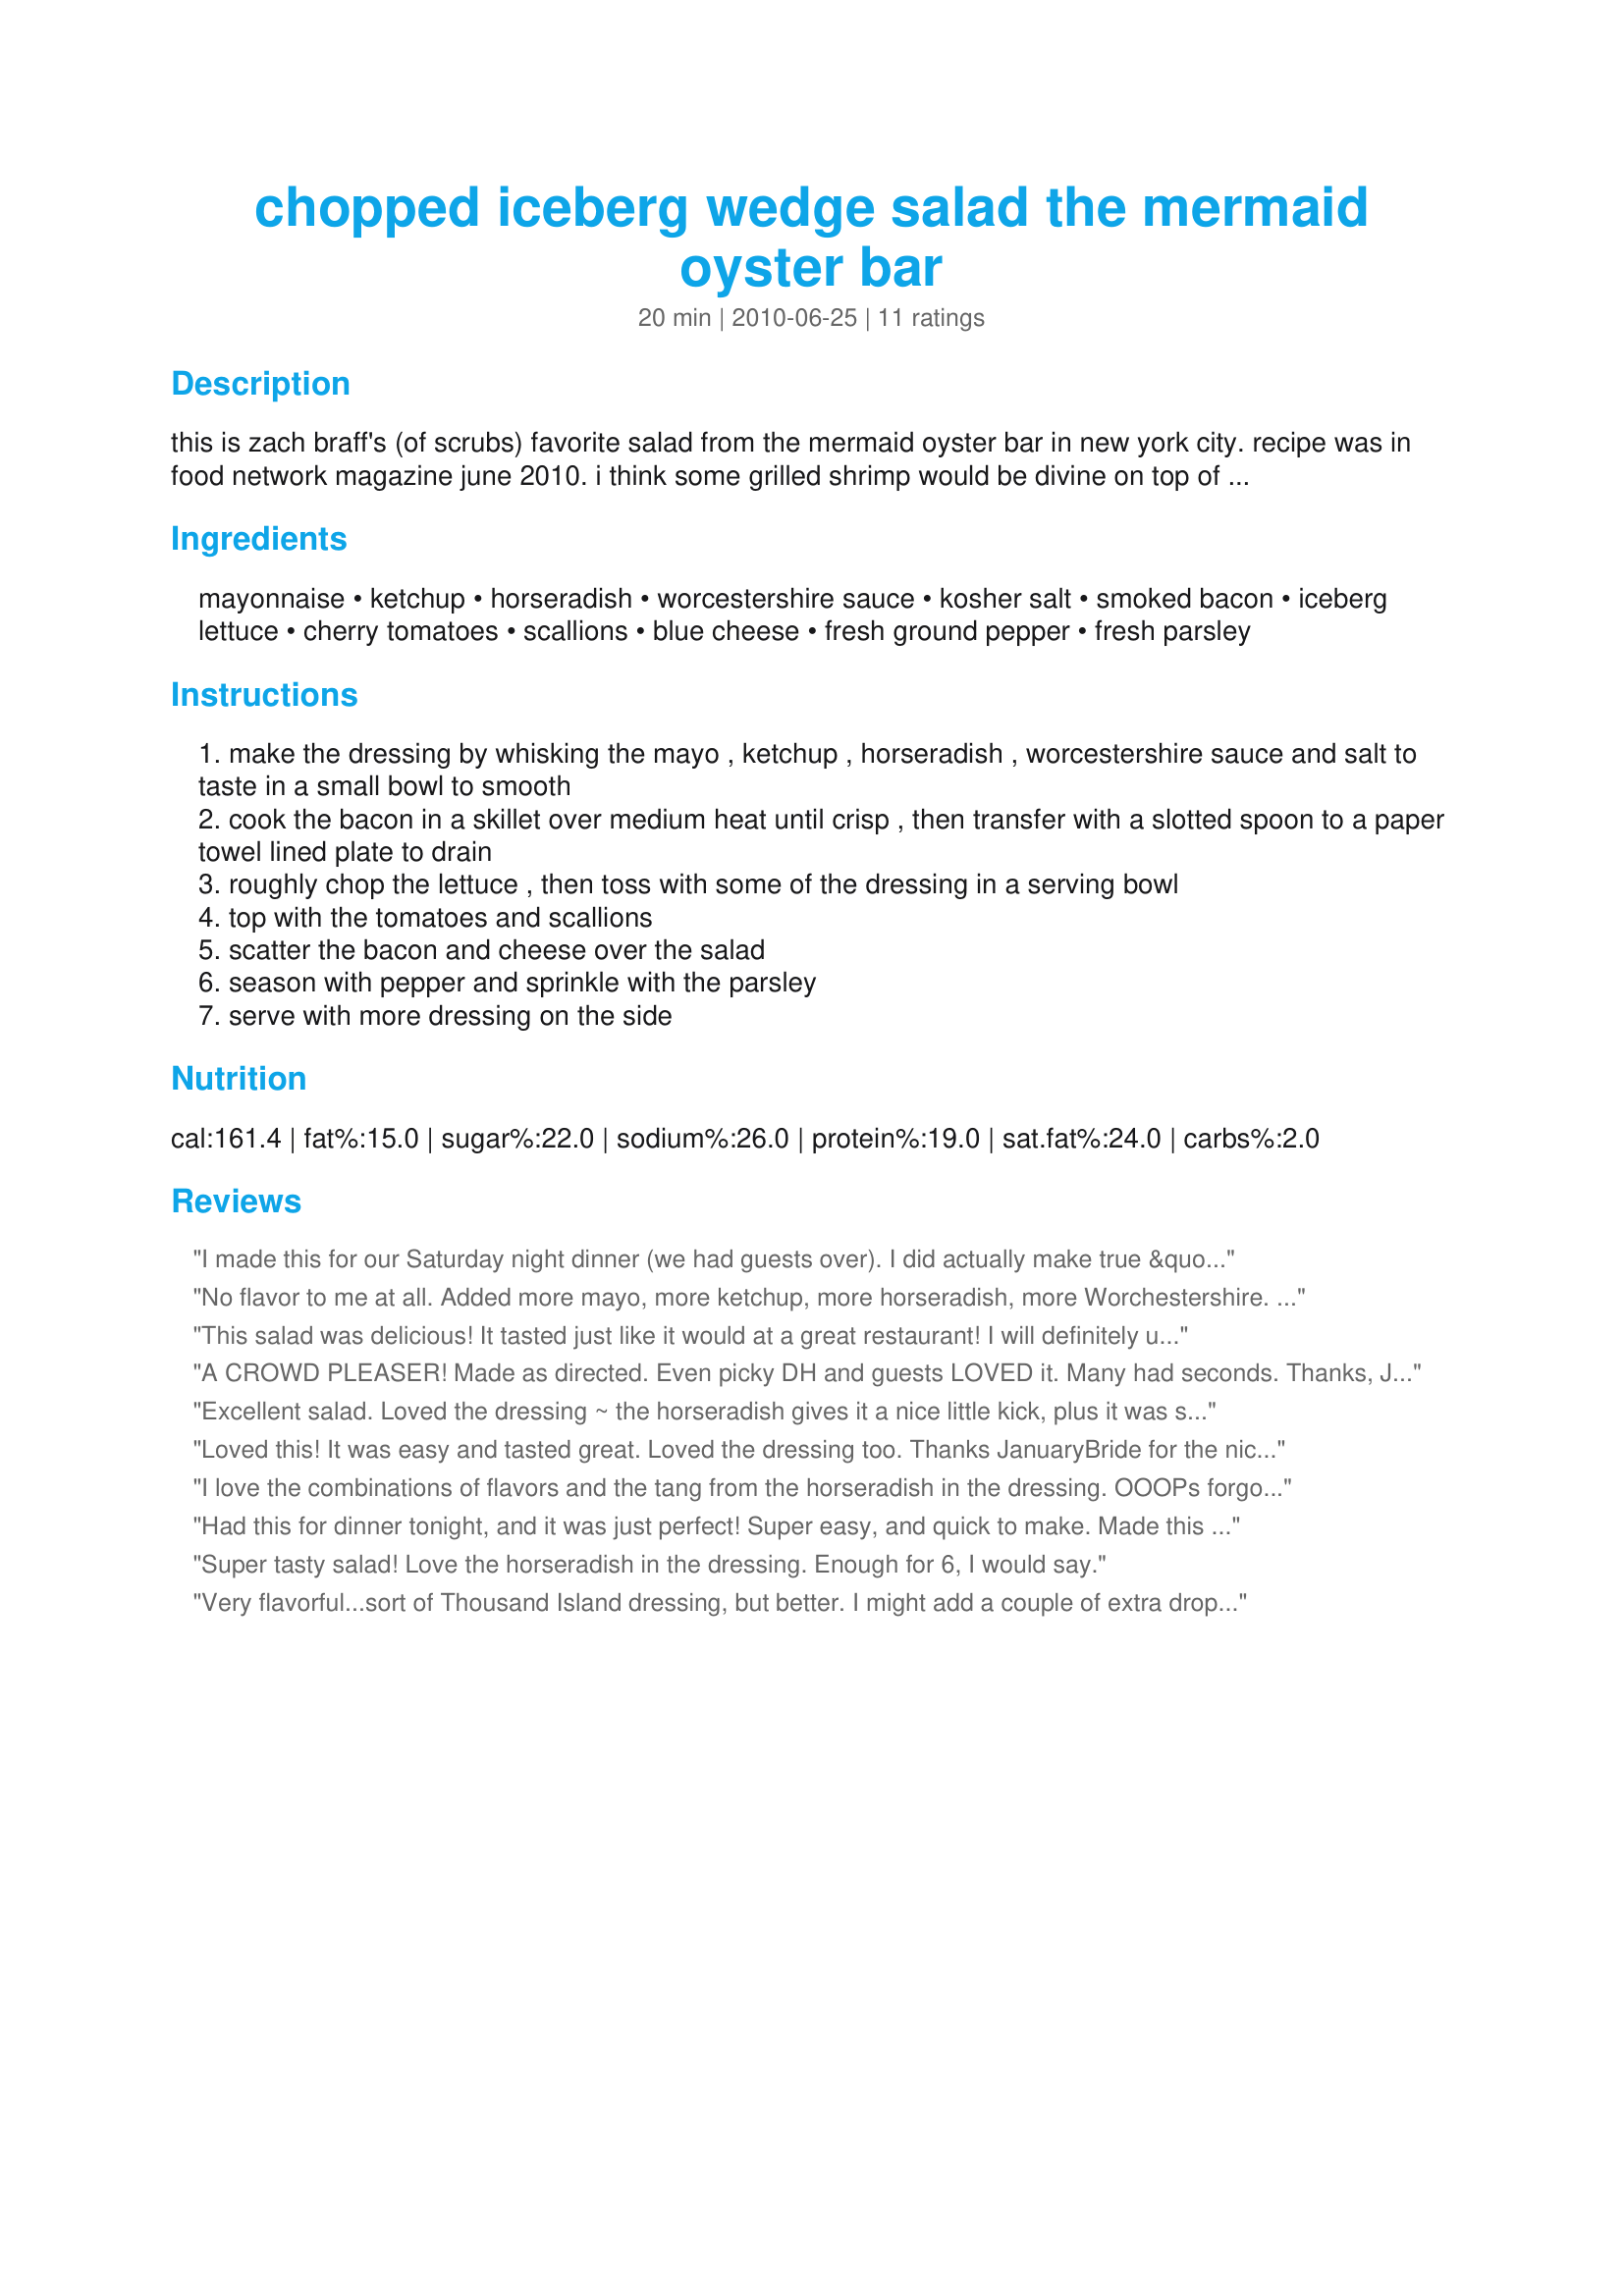
chopped iceberg wedge salad the mermaid oyster bar
Preparation time: 20 minutes

this is zach braff's (of scrubs) favorite salad from the mermaid oyster bar in new york city. recipe was in food network magazine june 2010. i think some grilled shrimp would be divine on top of this salad!!! i suggest letting the dressing rest for an hour or two to get maximum flavor.

Ingredients:
mayonnaise, ketchup, horseradish, worcestershire sauce, kosher salt, smoked bacon, iceberg lettuce, cherry tomatoes, scallions, blue cheese, fresh ground pepper, fresh parsley

Steps:
make the dressing by whisking the mayo , ketchup , horseradish , worcestershire sauce and salt to taste in a small bowl to smooth
cook the bacon in a skillet over medium heat until crisp , then transfer with a slotted spoon to a paper towel lined plate to drain
roughly chop the lettuce , then toss with some of the dressing in a serving bowl
top with the tomatoes and scallions
scatter the bacon and cheese over the salad
season with pepper and sprinkle with the parsley
serve with more dressing on the side

Reviews:
I made this for our Saturday night dinner (we had guests over). I did actually make true &quot;wedges&quot; out of the head of iceberg lettuce (6). I prepared the dressing accordingly, and put it into a creamer dish to serve around the table. I used very small crocks (with spoons) to put all the misc. toppings into, and put them all on a &#039;lazy susan&#039; in the center of the table. That way everyone could assemble their own to their liking. It was such a nice change from not having just a plain old boring salad with bottled dressing and a very pretty presentation using actual &quot;wedges&quot; (restaurant looking), and I placed a wooden pepper mill on the table to really make it &quot;gourmet&quot;. Thank you for posting your recipe. (Made for Name That Ingredient tag)
No flavor to me at all. Added more mayo, more ketchup, more horseradish, more Worchestershire. Also added about 1/4 c sour cream and a few tablespoons of pickle relish with the juice, kosher salt and black pepper. Finally got it to where it has some zip and flavor now. Will make again but with my own modifications/additions.
This salad was delicious! It tasted just like it would at a great restaurant! I will definitely use this recipe again!!
A CROWD PLEASER! Made as directed. Even picky DH and guests LOVED it. Many had seconds. Thanks, JanuaryBride! Made for Best of 2012 tag game as recommended by our very own lazyme! Thanks, to you too, lazy!
Excellent salad. Loved the dressing ~ the horseradish gives it a nice little kick, plus it was so quick and easy to make. I did not have bleu cheese, so used shredded cheddar.
Loved this! It was easy and tasted great. Loved the dressing too. Thanks JanuaryBride for the nice keeper. Made for Zaar Chef Alphabet Soup Tag.
I love the combinations of flavors and the tang from the horseradish in the dressing. OOOPs forgot the green onion & parsley. Oh well, still 5 stars! Thanks for posting JanuaryBride. Made for Best of 2012 Tag game!
Had this for dinner tonight, and it was just perfect! Super easy, and quick to make. Made this on the recommendation from lazyme's Best of 2012 book, and so glad I did. Thanks for sharing!
Super tasty salad! Love the horseradish in the dressing. Enough for 6, I would say.
Very flavorful...sort of Thousand Island dressing, but better. I might add a couple of extra drops of Worcestershire, but other than that, great the way it is written!!
I made this over the weekend and it went down a storm! So tasty and full of good flavours! Loved the blue cheese on the top, added a lovely tang to this salad!
